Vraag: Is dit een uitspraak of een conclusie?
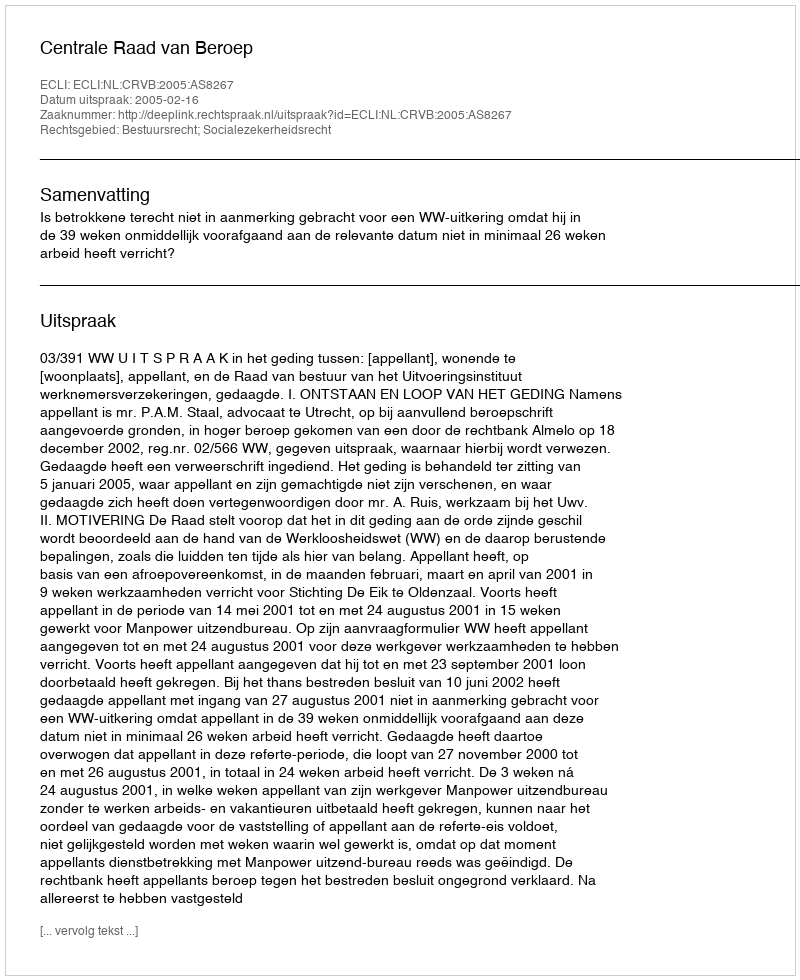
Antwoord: Uitspraak